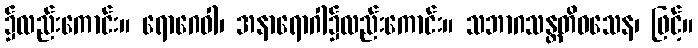
၌လည်းကောင်း။ ရောဂေဝါ၊ အနာရောဂါ၌လည်းကောင်း။ သဘာဂသန္တတိဝသေန၊ ဖြင့်။